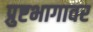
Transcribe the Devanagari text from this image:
प्रुष्टभागावर